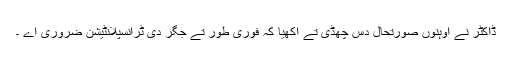
ڈاکٹر نے اوہنوں صورتحال دس چھڈی تے آکھیا کہ فوری طور تے جگر دی ٹرانسپلانٹیشن ضروری اے ۔